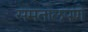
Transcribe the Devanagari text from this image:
समतोलपणे